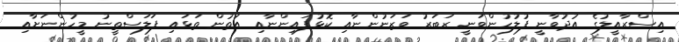
އިސްރާއީލުގެ އުދުވާނީ ފުލުހުންވަނީ ރަބަރު ވަޒަނުންނާއި ކޮޅުފައިންނާއި އަތުން ތަޅައި ފަލަސްތީނު މީހުންނަށާއި